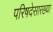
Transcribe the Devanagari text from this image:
परिषदेसारख्या